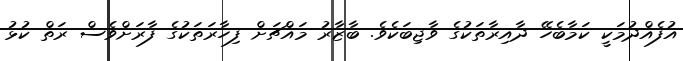
އުފެއްދުމަކީ ކަމާބެހޭ ދާއިރާތަކުގެ ވާޖިބަކެވެ. ބާޒާރު މައްޗަށް ފިހާރަތަކުގެ ފާރަށްވެސް ރަތް ކުޅު